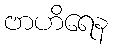
ဗာဟိရေန